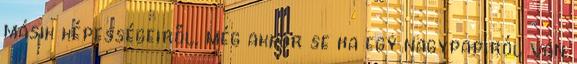
másik képességeiről, még akkor se ha egy nagypapiról van